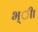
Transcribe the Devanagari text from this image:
भ्ीा